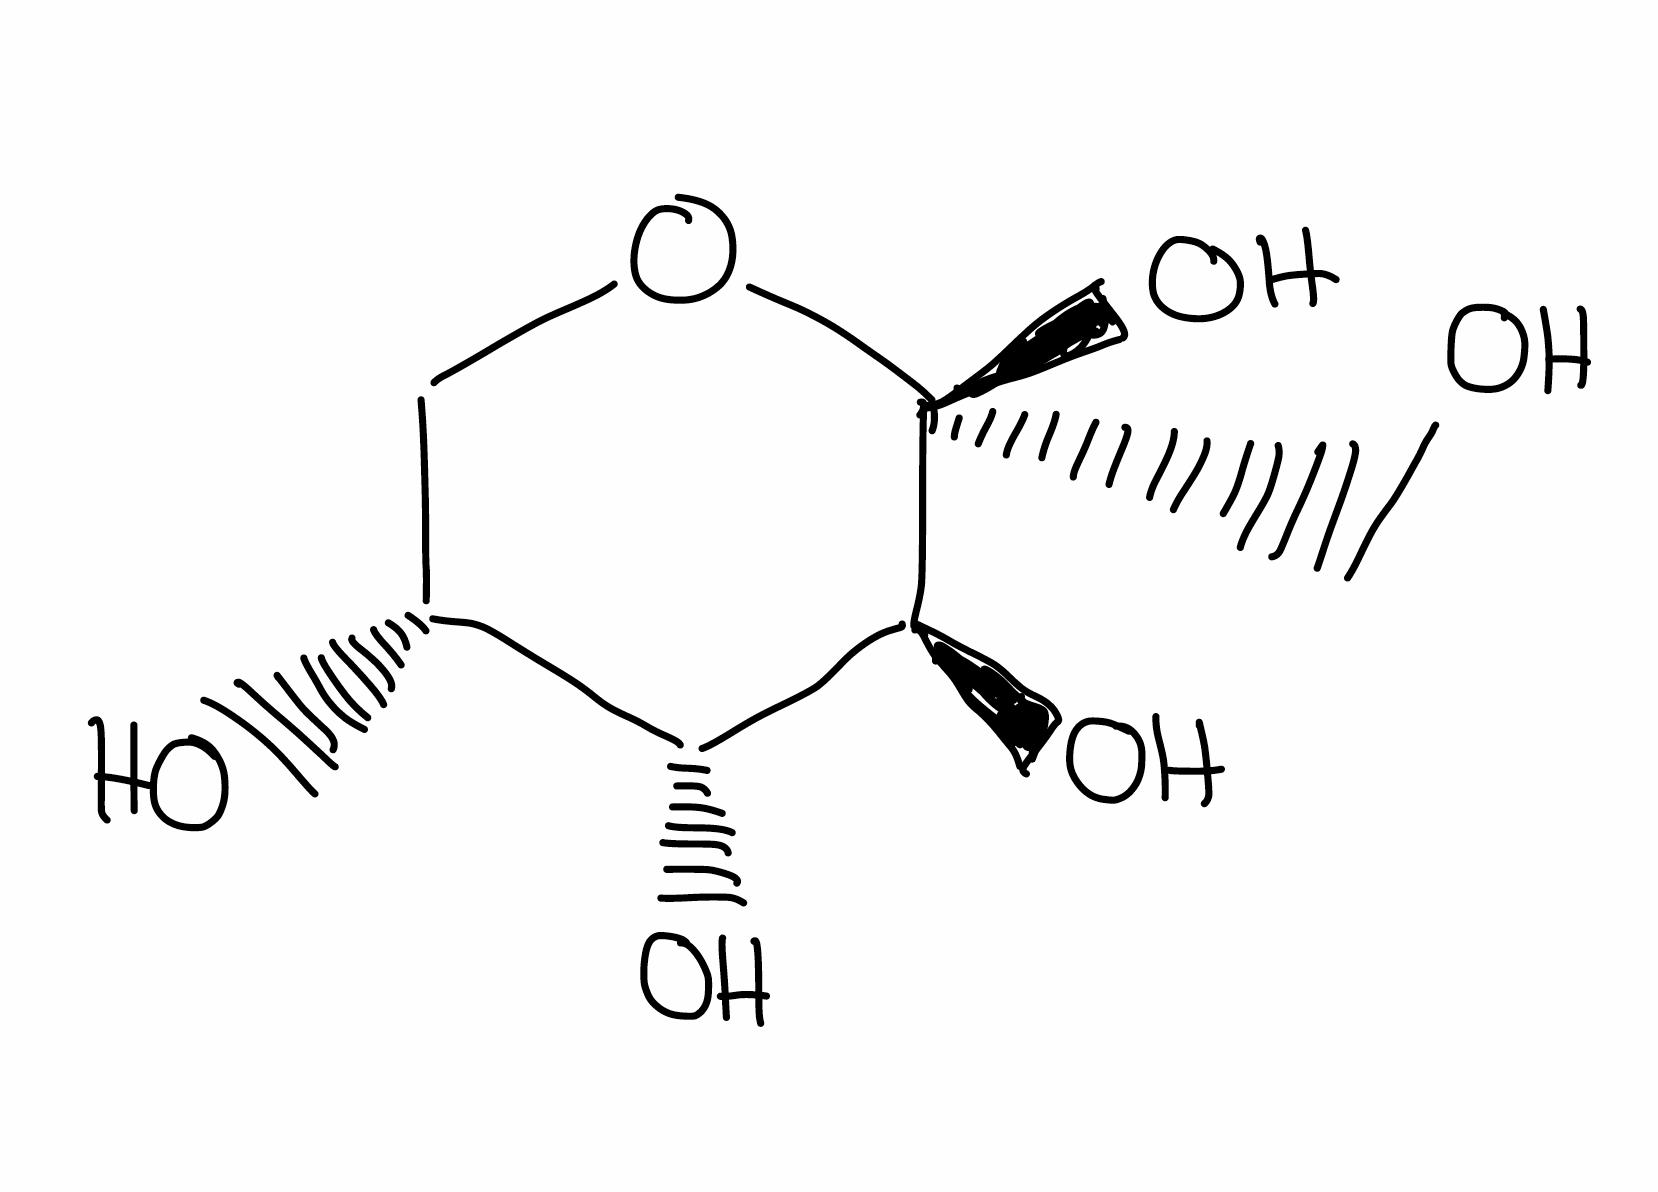
Simplified molecular-input line-entry system (SMILES) notation of the given molecule:
C1[C@H]([C@H]([C@@H]([C@](O1)(CO)O)O)O)O